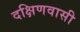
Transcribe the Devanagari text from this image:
दक्षिणवासी